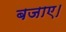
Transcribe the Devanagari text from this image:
बजाए।